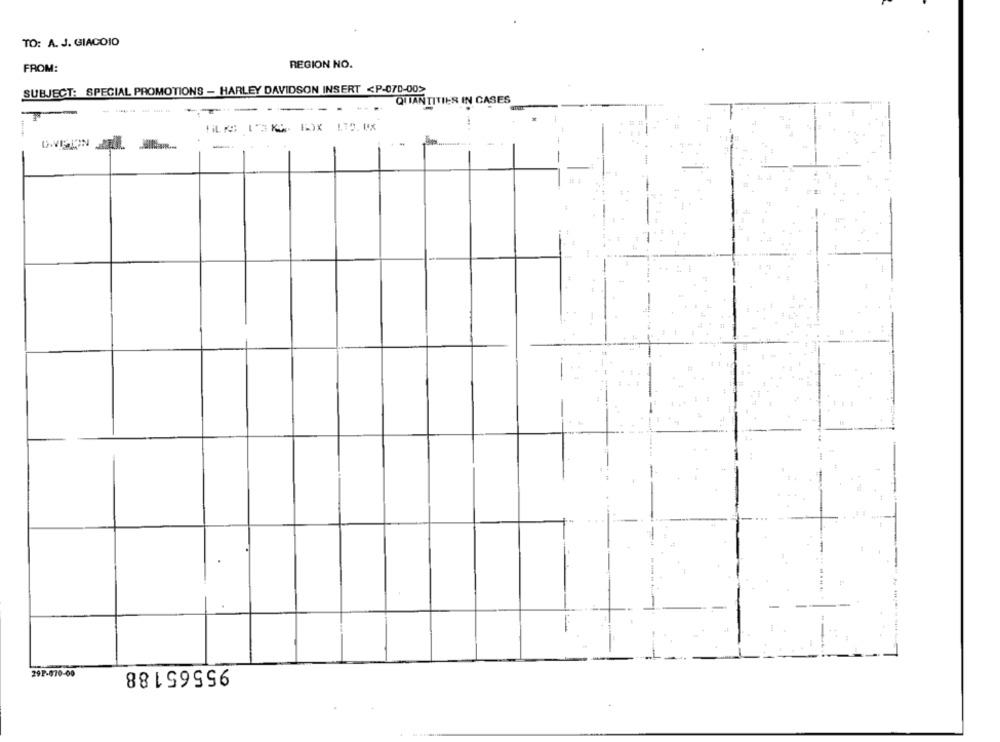
TO: A. J. GIACOIO
REGION NO.
FROM:
SUBJECT: SPECIAL PROMOTIONS - HARLEY DAVIDSON INSERT <P-070-00>
QUANTITIES IN CASES
------
-
--
-
-
95565188
29P-870-00